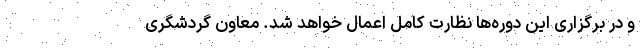
و در برگزاری این دوره‌ها نظارت کامل اعمال خواهد شد. معاون گردشگری